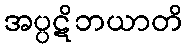
အပ္ပဋိဘယာတိ